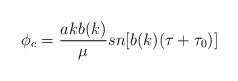
LaTeX: \begin{align*}\phi_c=\frac{a kb(k)}{\mu}sn[b(k)(\tau+\tau_0)]\end{align*}